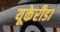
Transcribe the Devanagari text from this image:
यूकेरीडा